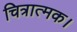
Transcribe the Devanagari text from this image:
चित्रात्मक।